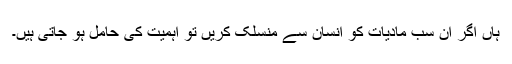
ہاں اگر ان سب مادیات کو انسان سے منسلک کریں تو اہمیت کی حامل ہو جاتی ہیں۔